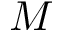
M